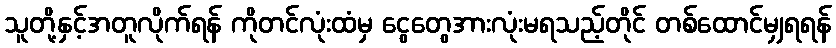
သူတို့နှင့်အတူလိုက်ရန် ကိုတင်လုံးထံမှ ငွေတွေအားလုံးမရသည့်တိုင် တစ်ထောင်မျှရရန်